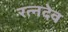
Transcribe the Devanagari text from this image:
रत्नदेव